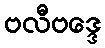
ဗလီဗဒ္ဒေ